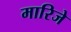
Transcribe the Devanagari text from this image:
मारिजे